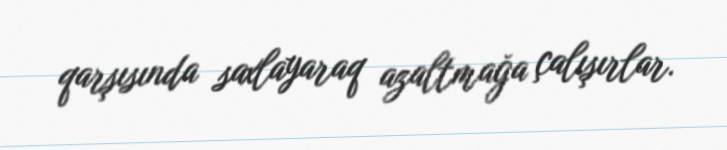
qarşısında saxlayaraq azaltmağa çalışırlar.